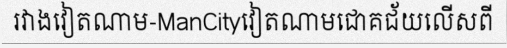
រវាងវៀតណាម-ManCityវៀតណាមជោគជ័យលើសពី